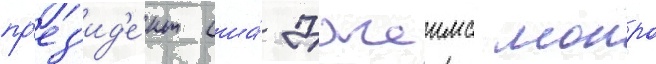
пр'ез'ид'е́нт сша́ джеимс монро